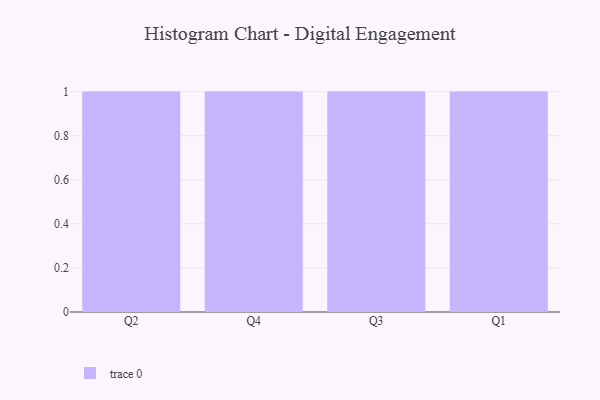
{"axis": {"x": "Quarter", "y": "Humidity (%)"}, "legend": [""], "data": [{"x": "Q2", "y": 75, "type": ""}, {"x": "Q4", "y": 65, "type": ""}, {"x": "Q3", "y": 86, "type": ""}, {"x": "Q1", "y": 90, "type": ""}]}